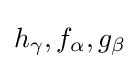
{\textstyle h_{\gamma },f_{\alpha },g_{\beta }}